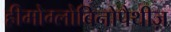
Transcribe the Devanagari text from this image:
हीमोग्लोबिनोपैथीज़